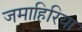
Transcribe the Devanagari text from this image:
जमाहिरिया